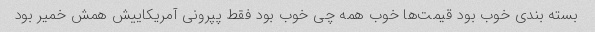
بسته بندی خوب بود قیمت‌ها خوب همه چی خوب بود فقط پپرونی آمریکاییش همش خمیر بود